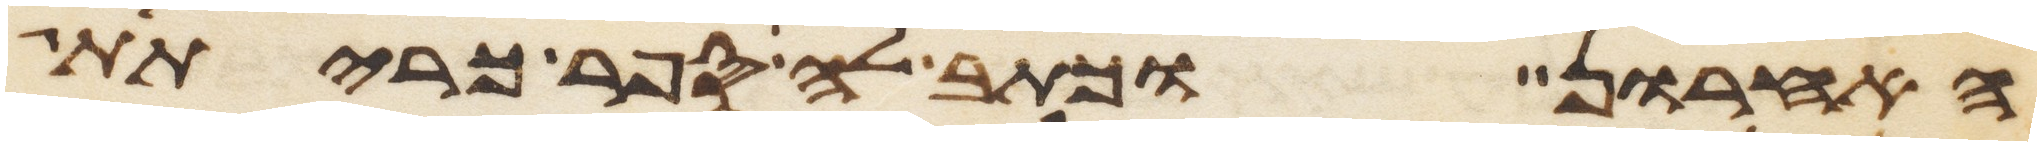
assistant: האחרון וכתב לה ספר כריתת